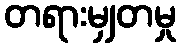
တရားမျှတမှု